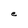
Character: e